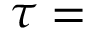
\tau =